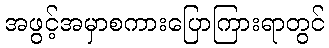
အဖွင့်အမှာစကားပြောကြားရာတွင်